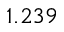
1 . 2 3 9